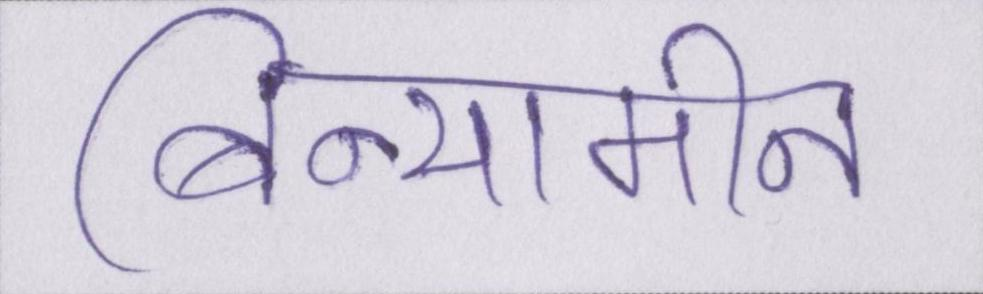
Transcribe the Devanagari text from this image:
बिन्यामीन